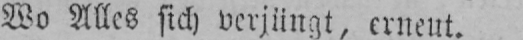
Wo Alles sich verjüngt, erneut.